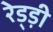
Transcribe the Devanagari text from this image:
रेड्ड़ी